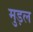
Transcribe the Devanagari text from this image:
मुड़ल